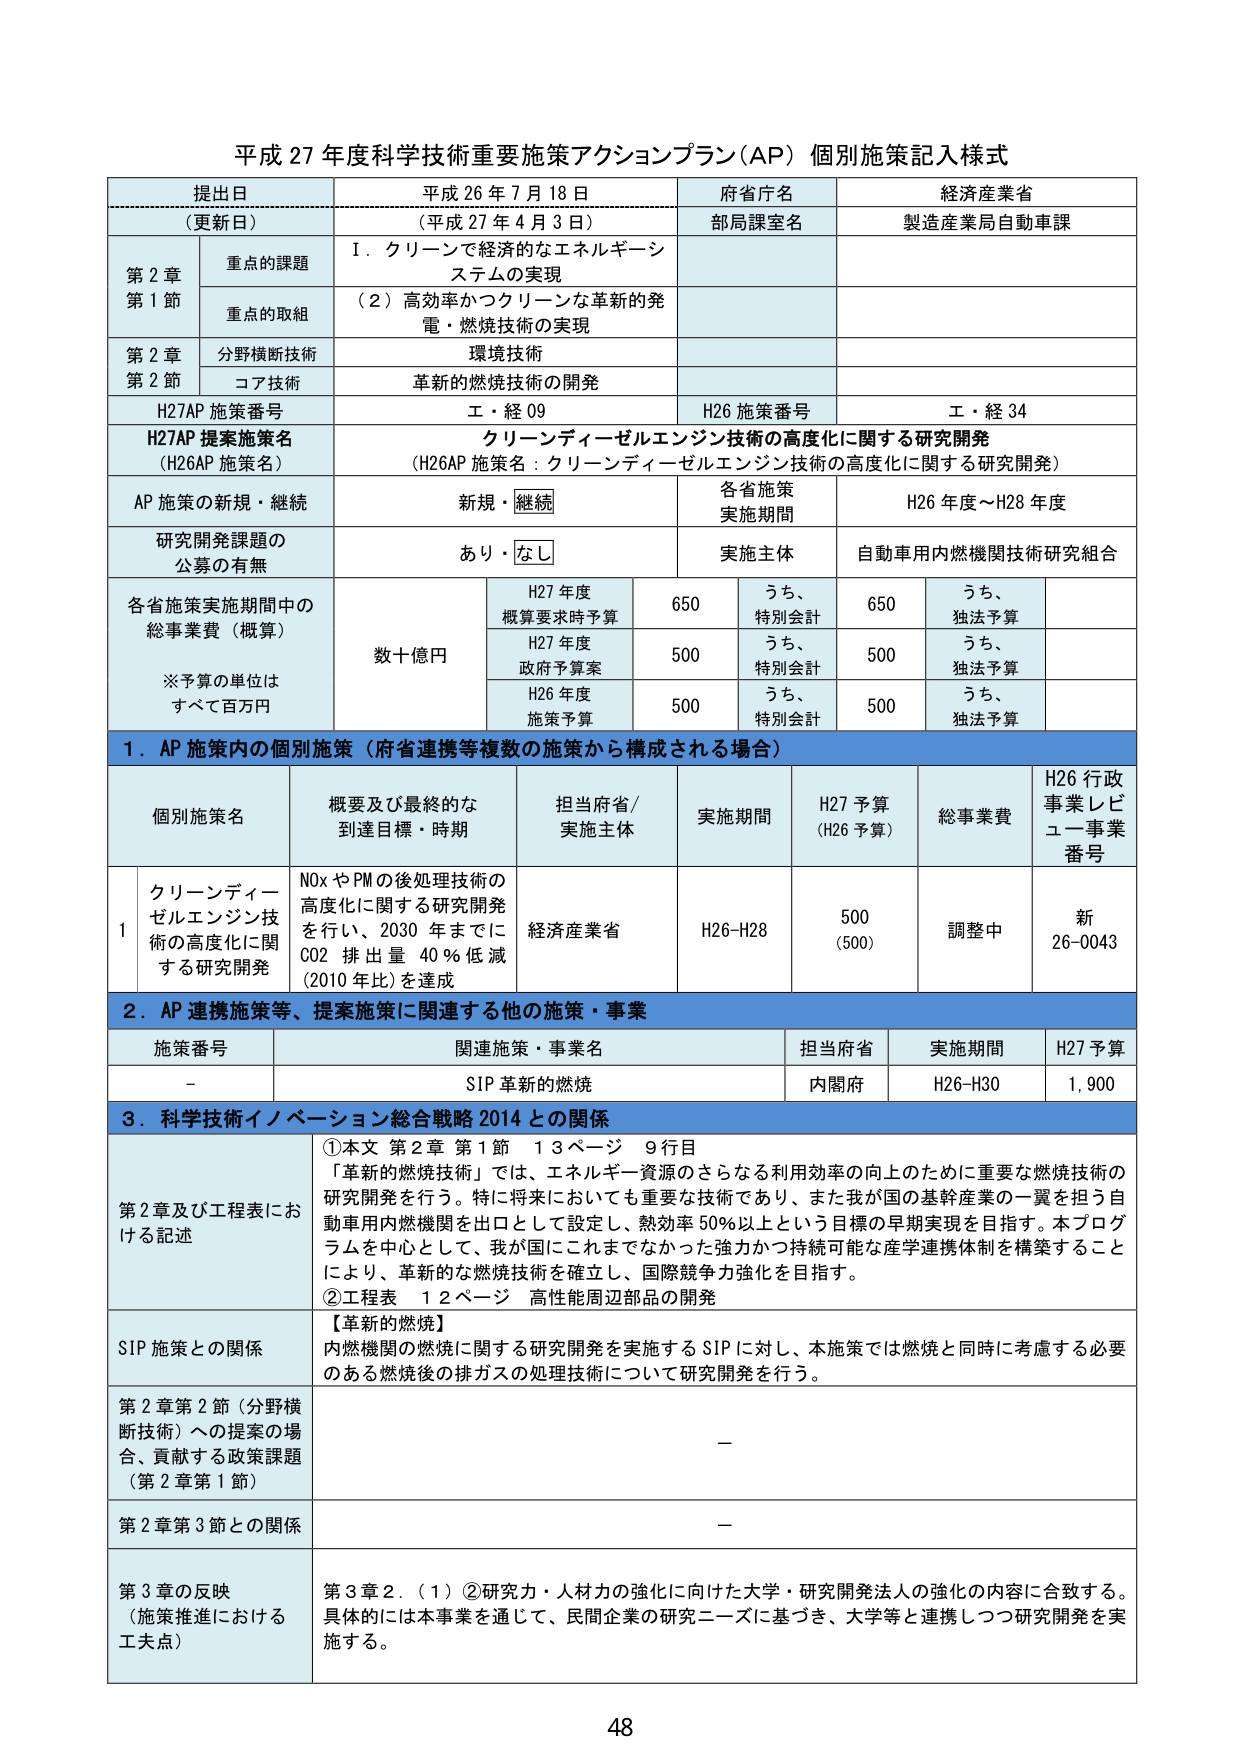
平成 27 年度科学技術重要施策アクションプラン（AP）個別施策記入様式

提出日
（更新日）
平成 26 年 7 月 18 日
（平成 27 年 4 月 3 日）

府省庁名
経済産業省

部局課室名
製造産業局自動車課

第 2 章
第 1 節
重点の課題
Ⅰ．クリーンで経済的なエネルギーシステムの実現

重点の取組
（2）高効率かつクリーンな革新的発電・燃焼技術の実現

第 2 章
第 2 節
分野横断技術
環境技術

コア技術
革新的燃焼技術の開発

H27AP 施策番号
工・経 09

H26 施策番号
工・経 34

H27AP 提案施策名
（H26AP 施策名）
クリーンディーゼルエンジン技術の高度化に関する研究開発
（H26AP 施策名：クリーンディーゼルエンジン技術の高度化に関する研究開発）

AP 施策の新規・継続
新規・継続

各省施策
実施期間
H26 年度～H28 年度

研究開発課題の
公募の有無
あり・なし

実施主体
自動車用内燃機関技術研究組合

各省施策実施期間中の
総事業費（概算）
※予算の単位は
すべて百万円
数十億円

H27 年度
概算要求時予算
650
うち、
特別会計
650
うち、
独法予算

H27 年度
政府予算案
500
うち、
特別会計
500
うち、
独法予算

H26 年度
施策予算
500
うち、
特別会計
500
うち、
独法予算

1．AP 施策内の個別施策（府省連携等複数の施策から構成される場合）

個別施策名
概要及び最終的な
到達目標・時期
担当府省／
実施主体
実施期間
H27 予算
（H26 予算）
総事業費
H26 行政
事業レビュー事業
番号

1
クリーンディーゼルエンジン技術の高度化に関する研究開発
NOx や PM の後処理技術の高度化に関する研究開発を行い、2030 年までに CO2 排出量 40％低減（2010 年比）を達成
経済産業省
H26-H28
500
（500）
調整中
新
26-0043

2．AP 連携施策等、提案施策に関連する他の施策・事業

施策番号
関連施策・事業名
担当府省
実施期間
H27 予算

-
SIP 革新的燃焼
内閣府
H26-H30
1,900

3．科学技術イノベーション総合戦略 2014 との関係

第 2 章及び工程表における記述
①本文 第 2 章 第 1 節 13 ページ 9 行目
「革新的燃焼技術」では、エネルギー資源のさらなる利用効率の向上のために重要な燃焼技術の研究開発を行う。特に将来においても重要な技術であり、また我が国の基幹産業の一翼を担う自動車用内燃機関を出口として設定し、熱効率 50％以上という目標の早期実現を目指す。本プログラムを中心として、我が国にこれまでになかった強力かつ持続可能な産学連携体制を構築することにより、革新的な燃焼技術を確立し、国際競争力強化を目指す。
②工程表 12 ページ 高性能周辺部品の開発

SIP 施策との関係
【革新的燃焼】
内燃機関の燃焼に関する研究開発を実施する SIP に対し、本施策では燃焼と同時に考慮する必要のある燃焼後の排ガスの処理技術について研究開発を行う。

第 2 章第 2 節（分野横断技術）への提案の場合、貢献する政策課題（第 2 章第 1 節）
—

第 2 章第 3 節との関係
—

第 3 章の反映
（施策推進における工夫）
第 3 章 2．（1）②研究力・人材力の強化に向けた大学・研究開発法人の強化の内容に合致する。具体的には本事業を通じて、民間企業の研究ニーズに基づき、大学等と連携しつつ研究開発を実施する。

48